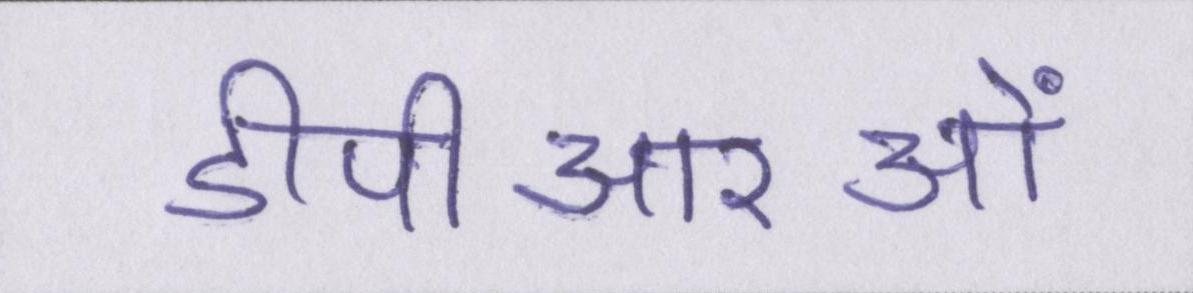
डीपीआरओं